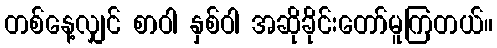
တစ်နေ့လျှင် စာဝါ နှစ်ဝါ အဆိုခိုင်းတော်မူကြတယ်။